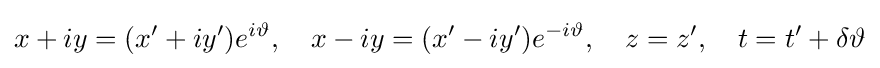
x+iy=(x'+iy')e^{i\vartheta },\quad x-iy=(x'-iy')e^{-i\vartheta },\quad z=z',\quad t=t'+\delta \vartheta